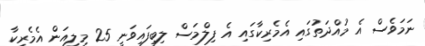
ނަމަވެސް އެ މުއްދަތުގައި އެމެރިކާގައި އެ ފިލްމަސް ލިބިފައިވަނީ 25 މިލިއަން އެމެރިކާ